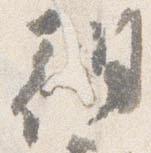
朝